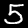
Digit: 5